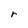
Character: r